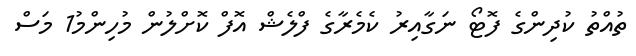
ތުއްތު ކުދިންގެ ފޮޓޯ ނަގާއިރު ކެމެރާގެ ފްލެޝް އޮފް ކޮށްލުން މުހިންމު1 މަސް